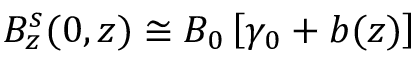
B _ { z } ^ { s } ( 0 , z ) \cong B _ { 0 } \left[ \gamma _ { 0 } + b ( z ) \right]